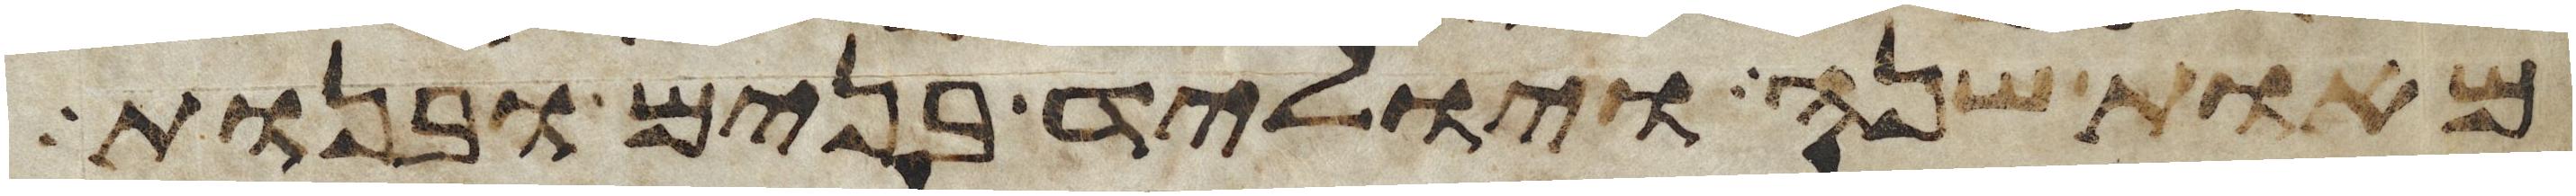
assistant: מאות שנה ויוליד בנים ובנות